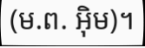
(ម.ព. អ៊ិម)។